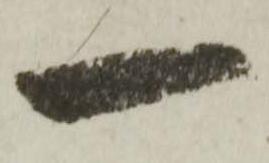
一